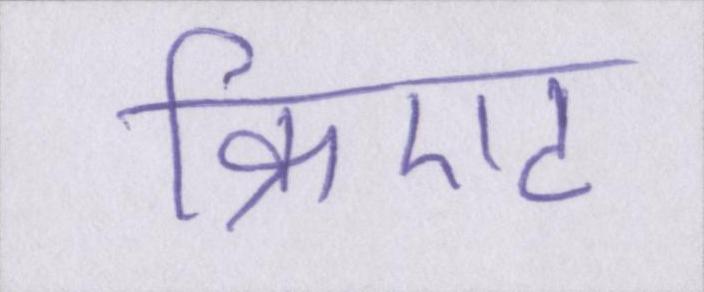
क्रिएट